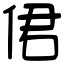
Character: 侰